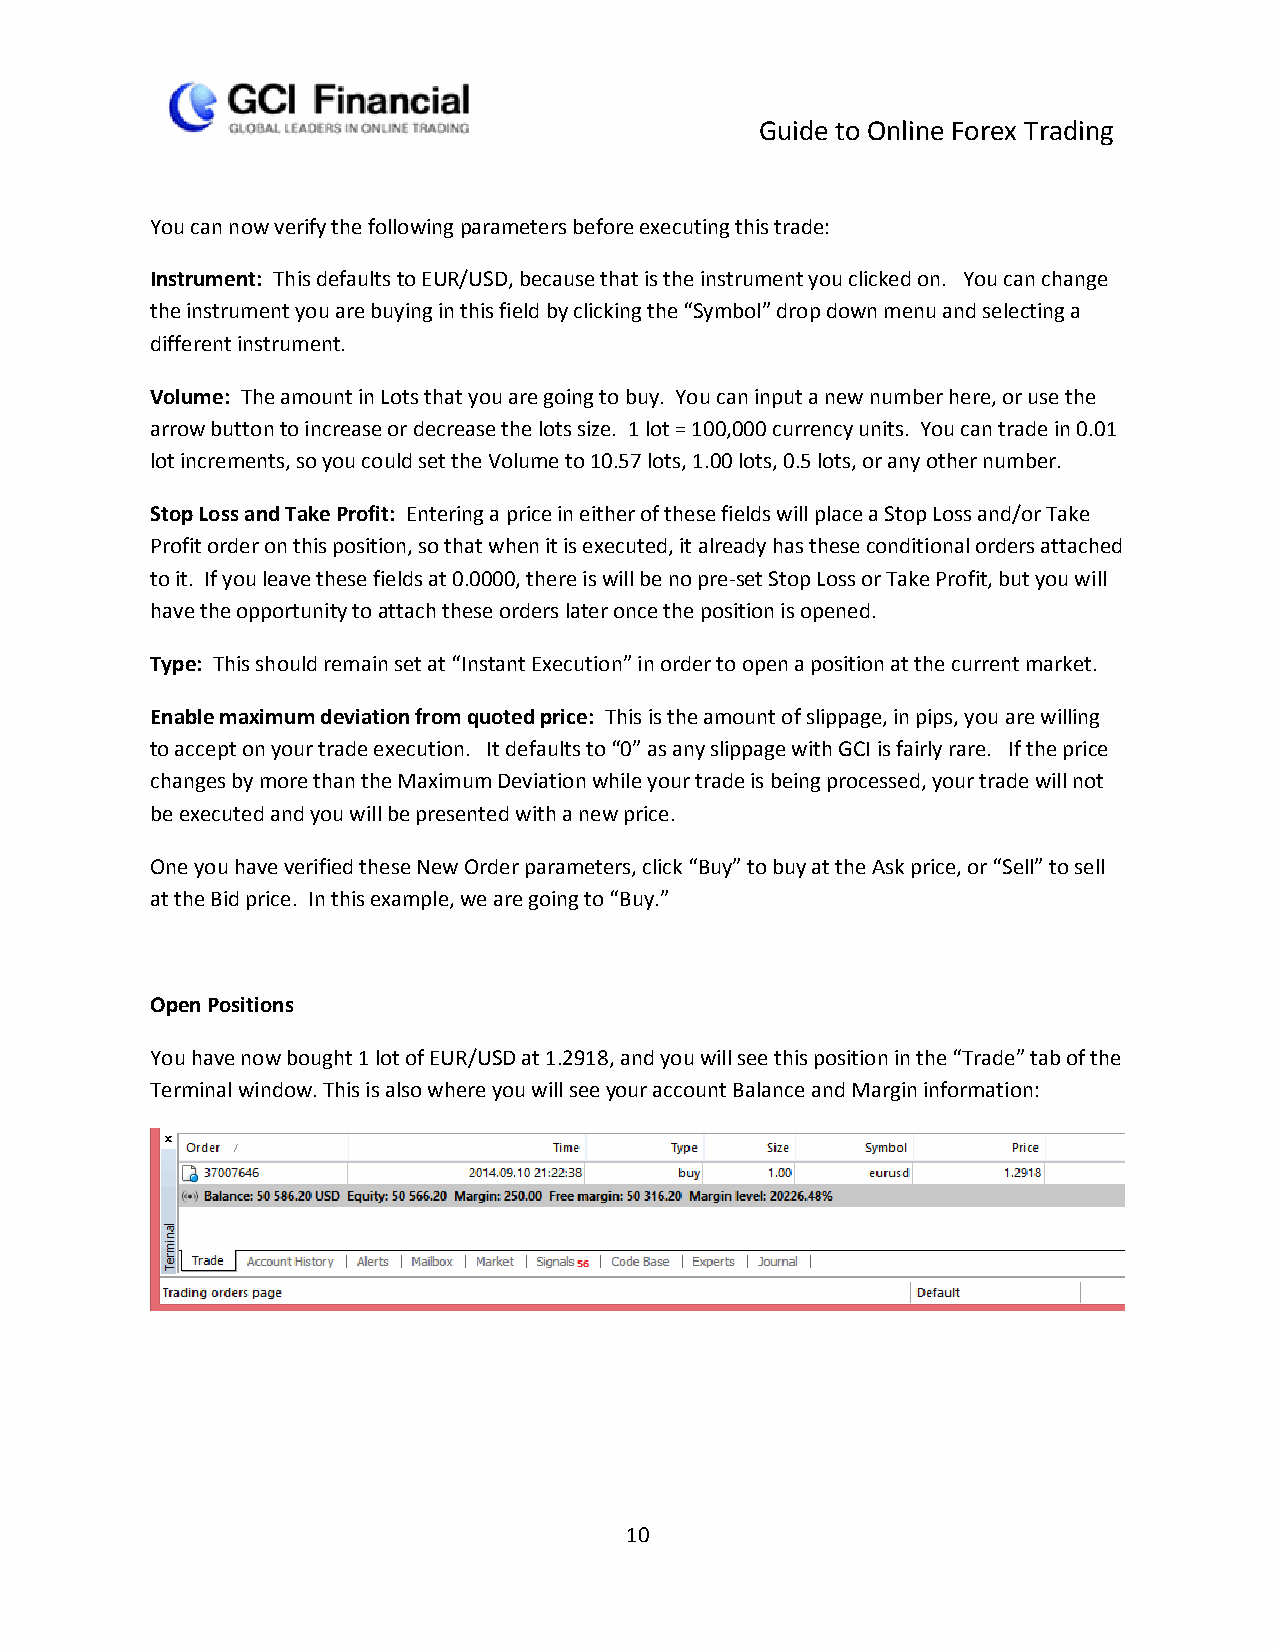
Guide to Online Forex Trading
 You can now verify the following parameters before executing this trade:
 Instrument: This defaults to EUR/USD, because that is the instrument you clicked on. You can change
 the instrument you are buying in this field by clicking the “Symbol” drop down menu and selecting a
 different instrument.
 Volume: The amount in Lots that you are going to buy. You can input a new number here, or use the
 arrow button to increase or decrease the lots size. 1 lot = 100,000 currency units. You can trade in 0.01
 lot increments, so you could set the Volume to 10.57 lots, 1.00 lots, 0.5 lots, or any other number.
 Stop Loss and Take Profit: Entering a price in either of these fields will place a Stop Loss and/or Take
 Profit order on this position, so that when it is executed, it already has these conditional orders attached
 to it. If you leave these fields at 0.0000, there is will be no pre-set Stop Loss or Take Profit, but you will
 have the opportunity to attach these orders later once the position is opened.
 Type: This should remain set at “Instant Execution” in order to open a position at the current market.
 Enable maximum deviation from quoted price: This is the amount of slippage, in pips, you are willing
 to accept on your trade execution. It defaults to “0” as any slippage with GCI is fairly rare. If the price
 changes by more than the Maximum Deviation while your trade is being processed, your trade will not
 be executed and you will be presented with a new price.
 One you have verified these New Order parameters, click “Buy” to buy at the Ask price, or “Sell” to sell
 at the Bid price. In this example, we are going to “Buy.”
 Open Positions
 You have now bought 1 lot of EUR/USD at 1.2918, and you will see this position in the “Trade” tab of the
 Terminal window. This is also where you will see your account Balance and Margin information:
 10